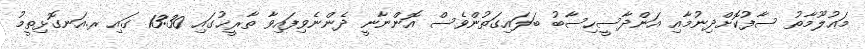
މަޢުލޫމާތު ސާފުކޮށްދިނުމާއި އަންދާސީހިސާބު ބަލައިގަތުންވެސް އޮންނާނީ ދެންނެވިފައިވާ ތާރީޚުގައި 13:30 ގައި ރ.އަނގޮޅިތީމު